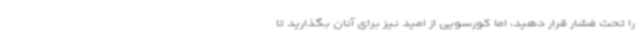
را تحت فشار قرار دهید، اما کورسویی از امید نیز برای آنان بگذارید تا